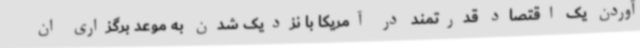
آوردن یک اقتصاد قدرتمند در آمریکا با نزدیک شدن به موعد برگزاری ان